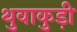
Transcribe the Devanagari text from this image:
थुवाकुड़ी